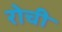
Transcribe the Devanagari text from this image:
रोची